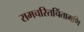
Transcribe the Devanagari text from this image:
रामचरितचिंतामणि